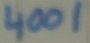
Text: 4001